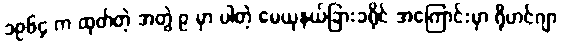
၁၉၆၄ က ထုတ်တဲ့ အတွဲ ၉ မှာ ပါတဲ့ မေယုနယ်ခြားခရိုင် အကြောင်းမှာ ရိုဟင်ဂျာ